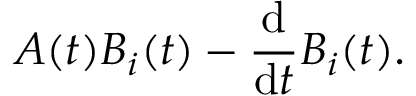
A ( t ) B _ { i } ( t ) - { \frac { \mathrm { d } } { \mathrm { d } t } } B _ { i } ( t ) .